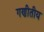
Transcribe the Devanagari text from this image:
गणीतीय